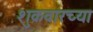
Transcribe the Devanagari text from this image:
शुक्रवारच्या